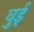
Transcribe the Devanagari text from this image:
वुई